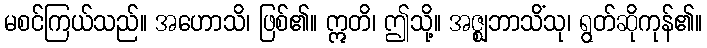
မစင်ကြယ်သည်။ အဟောသိ၊ ဖြစ်၏။ ဣတိ၊ ဤသို့။ အဇ္ဈဘာသိံသု၊ ရွတ်ဆိုကုန်၏။